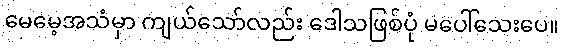
မေမေ့အသံမှာ ကျယ်သော်လည်း ဒေါသဖြစ်ပုံ မပေါ်သေးပေ။